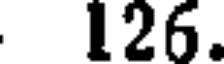
126.